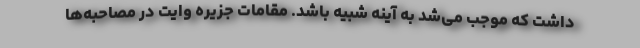
داشت که موجب می‌شد به آینه شبیه باشد. مقامات جزیره وایت در مصاحبه‌ها